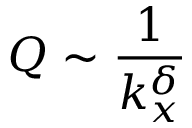
Q \sim \frac { 1 } { k _ { x } ^ { \delta } }